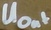
Text: UOut